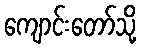
ကျောင်းတော်သို့